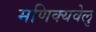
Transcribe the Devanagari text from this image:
मणिक्यवेलु